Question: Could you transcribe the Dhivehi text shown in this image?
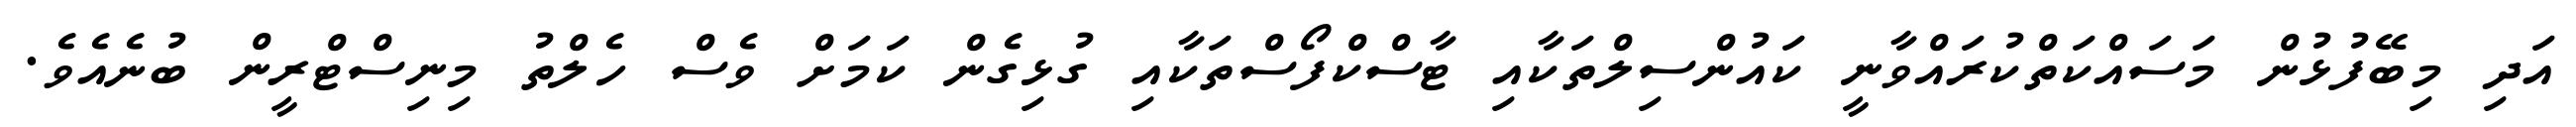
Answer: އަދި މިބޭފުޅުން މަސައްކަތްކުރައްވާނީ ކައުންސިލްތަކާއި ޓާސްކްފޯސްތަކާއި ގުޅިގެން ކަމަށް ވެސް ހެލްތު މިނިސްޓްރީން ބުނެއެވެ.